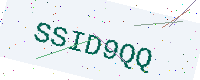
Text: SSID9QQ